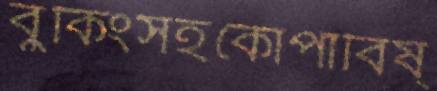
বুকিংসহকোপাবিষ্